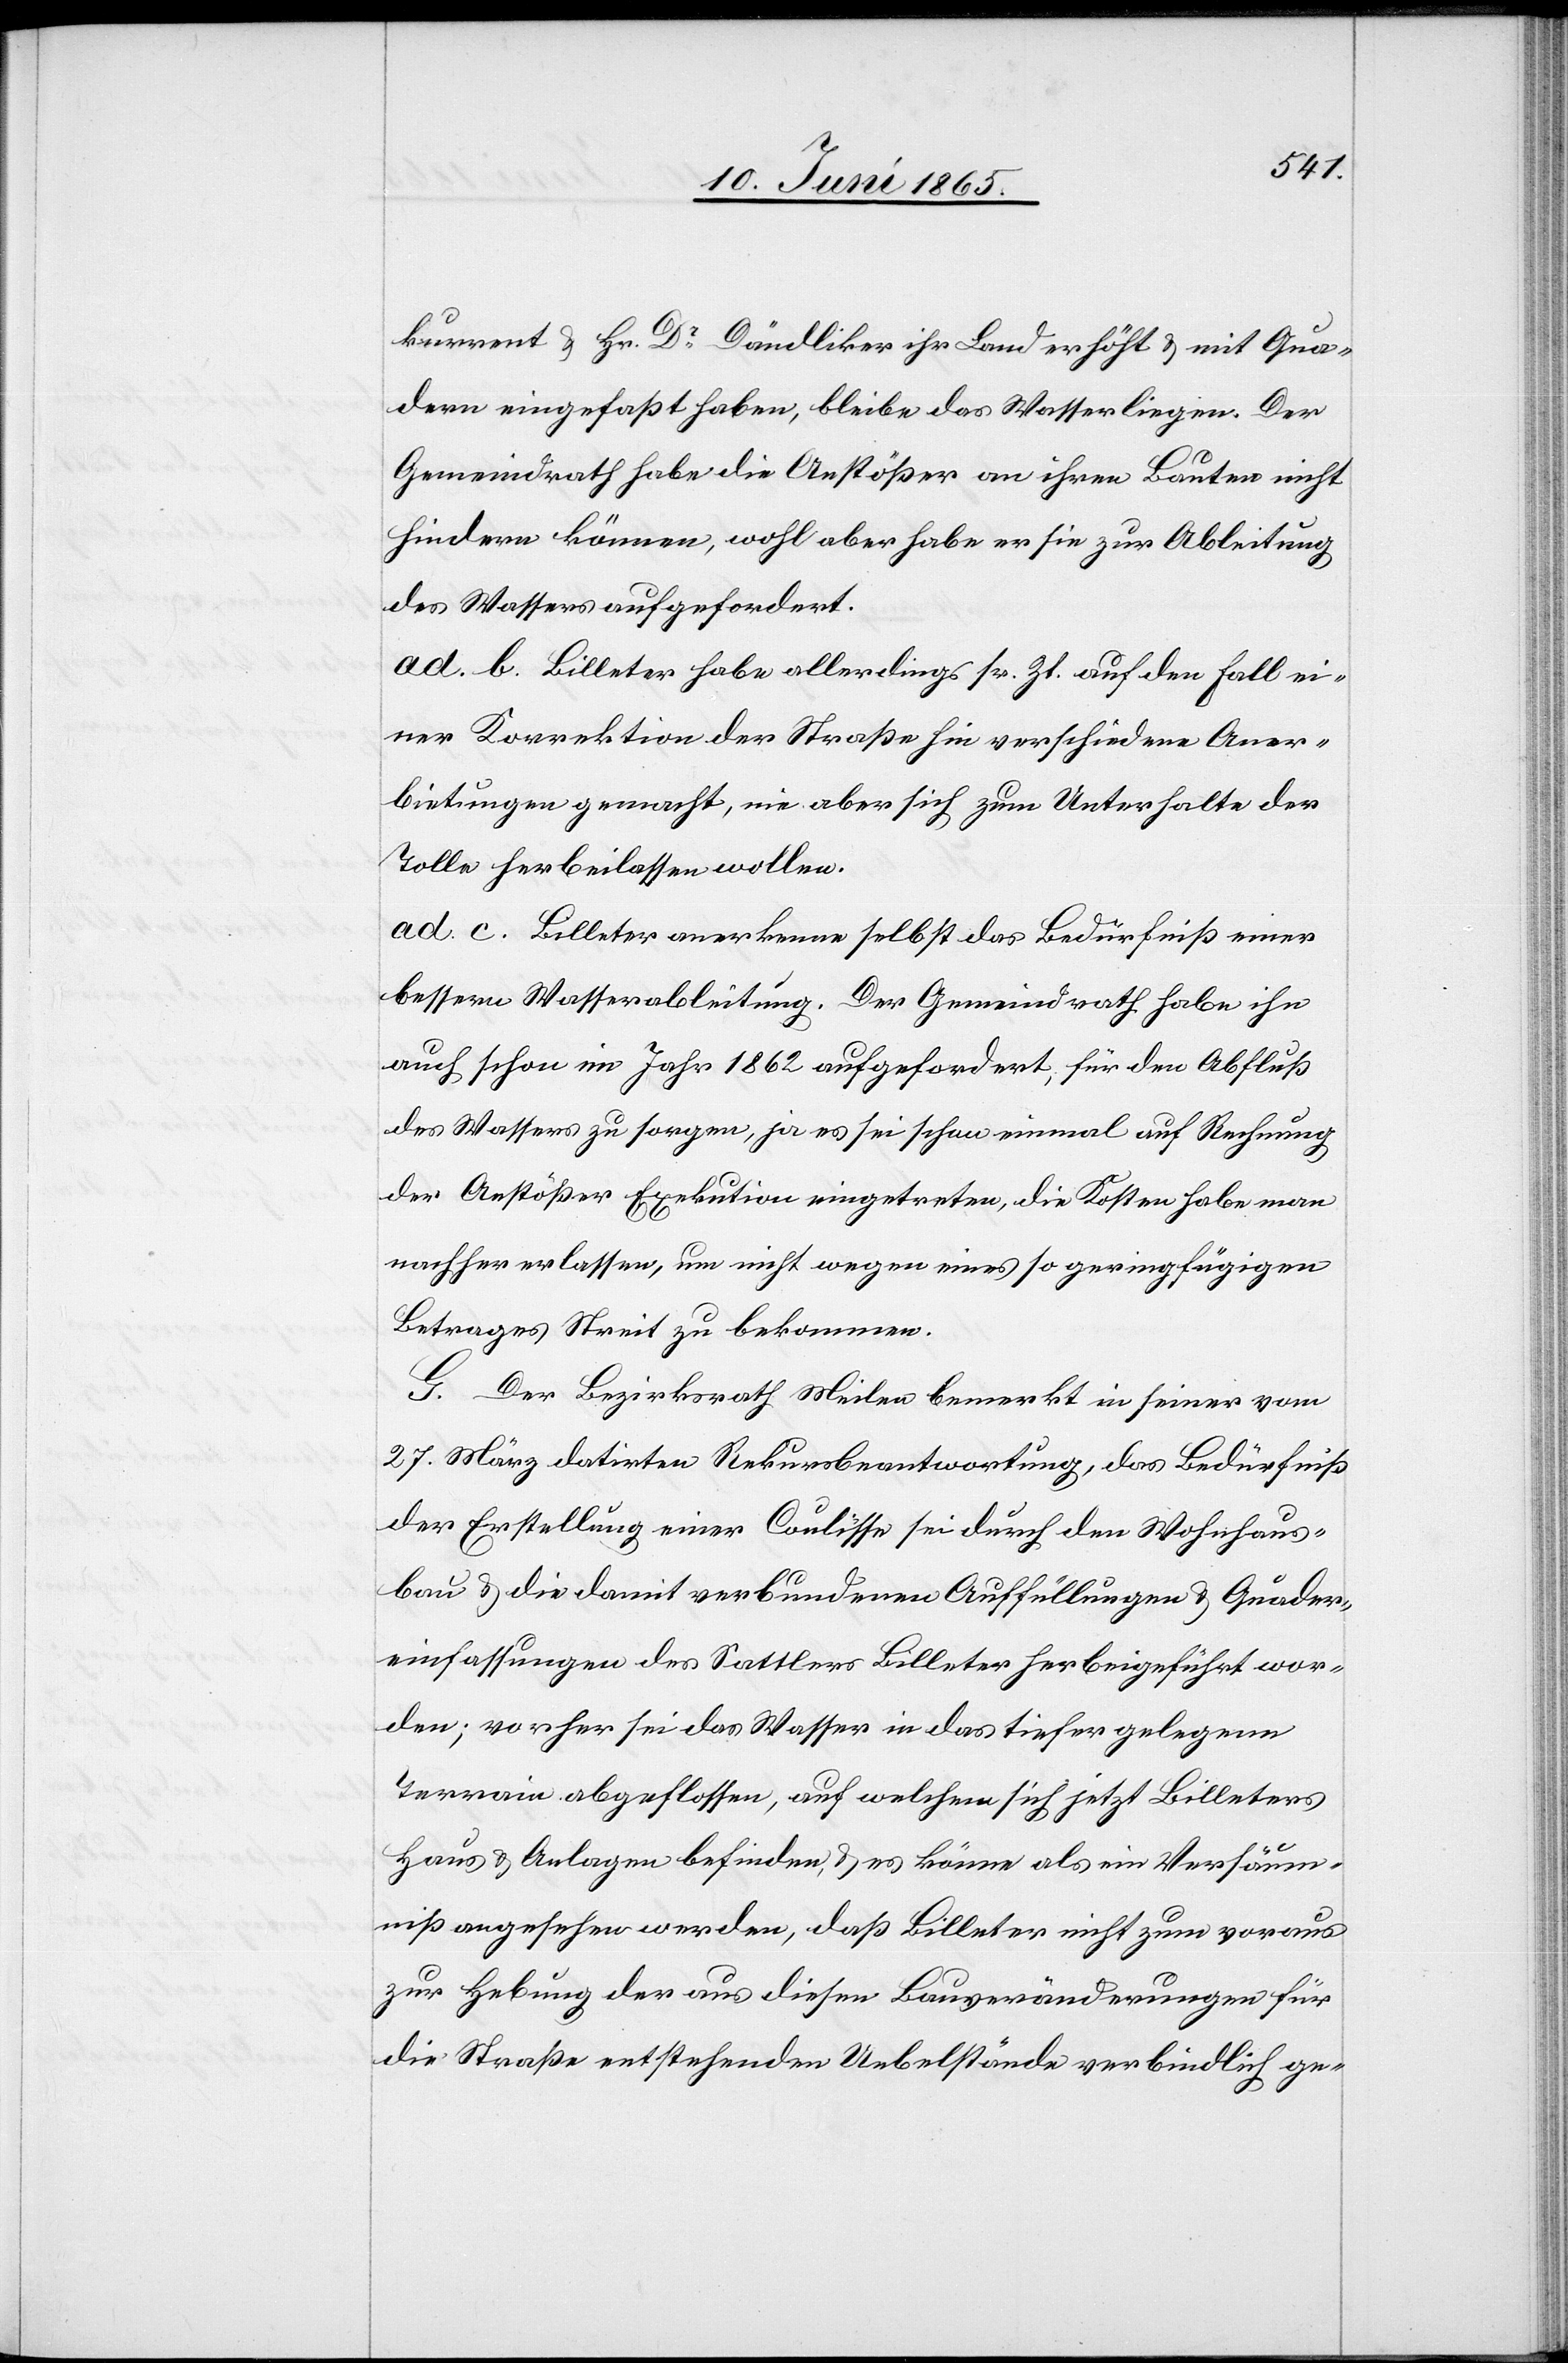
kurrent & Hr. Dr Dändliker ihr Land erhöht & mit Qua¬
dern eingefaßt haben, bleibe das Wasser liegen. Der
Gemeindrath habe die Anstößer an ihren Bauten nicht
hindern können, wohl aber habe er sie zur Ableitung
des Wassers aufgefordert.
ad. b. Billeter habe allerdings sr. Zt. auf den Fall ei¬
ner Korrektion der Straße hin verschiedene Aner¬
bietungen gemacht, nie aber sich zum Unterhalte der
Tolle herbeilassen wollen.
ad. c. Billeter anerkenne selbst das Bedürfniß einer
bessern Wasserableitung. Der Gemeindrath habe ihn
auch schon im Jahr 1862 aufgefordert, für den Abfluß
des Wassers zu sorgen, ja es sei schon einmal auf Rechnung
der Anstößer Exekution eingetreten, die Kosten habe man
nachher erlassen, um nicht wegen eines so geringfügigen
Betrages Streit zu bekommen.
G. der Bezirksrath Meilen bemerkt in seiner vom
27. März datirten Rekursbeantwortung, das Bedürfniß
der Erstellung einer Coulisse sei durch den Wohnhaus¬
bau & die damit verbundenen Auffüllungen & Quader¬
einfassungen des Sattlers Billeter herbeigeführt wor¬
den; vorher sei das Wasser in das tiefer gelegene
Terrain abgeflossen, auf welchem sich jetzt Billeters
Haus & Anlagen befinden, & es könne als im Versäum¬
niß angesehen werden, daß Billeter nicht zum voraus
zur Hebung der aus diesen Bauveränderungen für
die Straße entstehenden Uebelstände verbindlich ge-